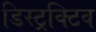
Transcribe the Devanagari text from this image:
डिस्ट्रक्टिव